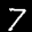
Label: 7